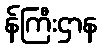
န်ကြီးဌာန